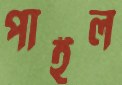
পাইল